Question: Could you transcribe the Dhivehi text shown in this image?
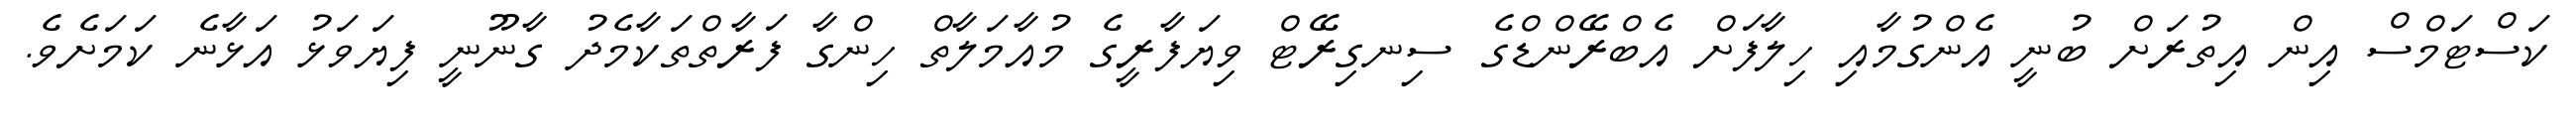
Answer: ކަސްޓަމްސް އިން އިތުރަށް ބުނީ އެންގުމާއި ހިލާފަށް އެބްރޭންޑްގެ ސިނގިރޭޓް ވިޔަފާރީގެ މުއާމަލާތް ހިންގާ ފަރާތްތަކާމެދު ގާނޫނީ ފިޔަވަޅު އަޅާނެ ކަމަށެވެ.